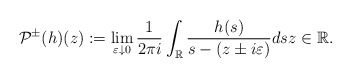
\begin{align*}\mathcal{P}^{\pm}(h)(z):=\lim _{\varepsilon \downarrow 0} \frac{1}{2 \pi i} \int_{\mathbb{R}} \frac{h(s)}{s-(z \pm i\varepsilon)} d s z \in\mathbb{R}.\end{align*}